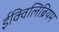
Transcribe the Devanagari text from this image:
ईक्विलिब्रियम